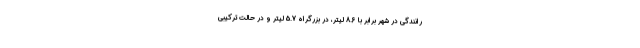
رانندگی در شهر برابر با 8.6 لیتر، در بزرگراه 5.7 لیتر و در حالت ترکیبی